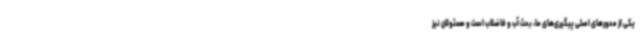
یکی از محورهای اصلی پیگیری‌های ما، بحث آب و فاضلاب است و مسئولان نیز